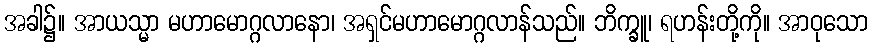
အခါ၌။ အာယသ္မာ မဟာမောဂ္ဂလာနော၊ အရှင်မဟာမောဂ္ဂလာန်သည်။ ဘိက္ခူ၊ ရဟန်းတို့ကို။ အာဝုသော